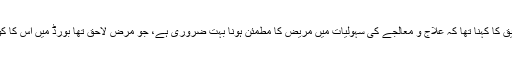
رکن پنجاب اسمبلی خواجہ سلمان رفیق کا کہنا تھا کہ علاج و معالجے کی سہولیات میں مریض کا مطمئن ہونا بہت ضروری ہے، جو مرض لاحق تھا بورڈ میں اس کا کوئی بھی ماہر ڈاکٹر موجود نہیں تھا۔